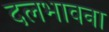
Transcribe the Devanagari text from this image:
दलभावना